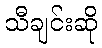
သီချင်းဆို